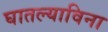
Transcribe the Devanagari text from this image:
घातल्याविना